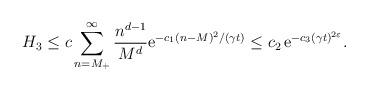
LaTeX: \begin{align*}H_3&\leq c \sum_{n=M_+}^\infty\frac{n^{d-1}}{M^d}{\rm e}^{-c_1 (n-M)^2/(\gamma t)}\leq c_2\,{\rm e}^{-c_3 (\gamma t)^{2\varepsilon}}.\end{align*}